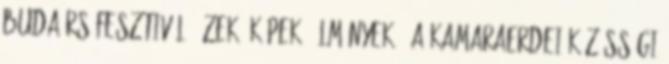
Budaörs Fesztivál: Ízek, képek, élmények 0 A Kamaraerdei Közösségi